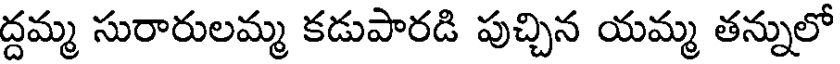
ద్దమ్మ సురారులమ్మ కడుపారడి పుచ్చిన యమ్మ తన్నులో